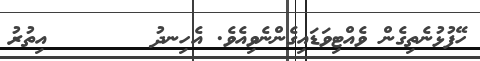
ހޭފުޅުނެތިގެން ވެއްޓިވަޑައިގެންނެވިއެވެ. އެހިނދު       އިތުރު